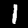
Digit: 1